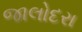
જાલોદરા